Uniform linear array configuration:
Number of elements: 4
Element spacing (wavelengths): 0.25
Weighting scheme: blackman
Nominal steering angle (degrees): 30
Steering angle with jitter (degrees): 28.422
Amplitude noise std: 0.05
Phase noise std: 0.05

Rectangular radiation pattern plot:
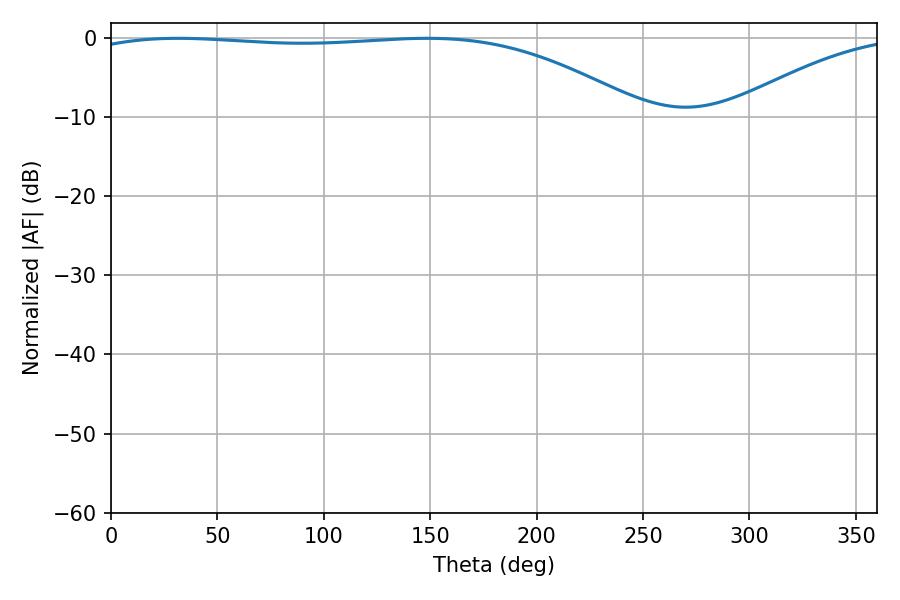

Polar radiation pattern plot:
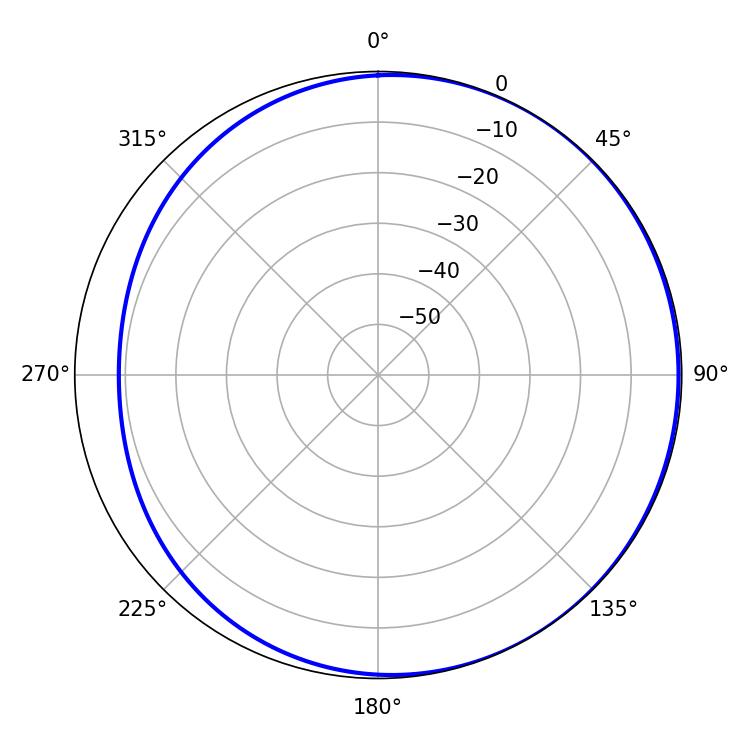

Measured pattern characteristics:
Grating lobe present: FALSE
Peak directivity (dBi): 1.861
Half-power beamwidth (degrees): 208.44
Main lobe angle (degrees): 31.5